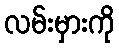
လမ်းမှားကို